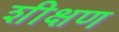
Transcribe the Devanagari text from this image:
शीक्षण